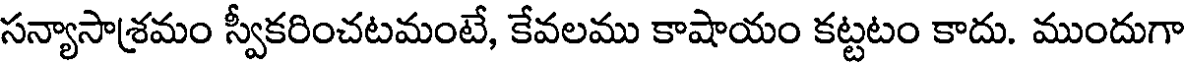
సన్యాసాశ్రమం స్వీకరించటమంటే, కేవలము కాషాయం కట్టటం కాదు. ముందుగా